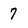
Character: 7